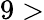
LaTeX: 9>